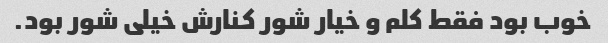
خوب بود فقط کلم و خیار شور کنارش خیلی شور بود.